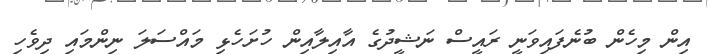
އިން މިހެން ބުނެފައިވަނީ ރައީސް ނަޝީދުގެ އާއިލާއިން ހުށަހެޅި މައްސަލަ ނިންމައި ދިވެހި